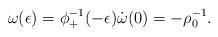
LaTeX: \begin{gather*}\omega(\epsilon)=\phi_+^{-1}(-\epsilon)\dot{\omega}(0)=-\rho_0^{-1}.\end{gather*}